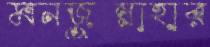
মনজুন্নাহার